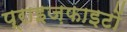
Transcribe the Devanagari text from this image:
प्राइज़फाइटों